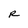
Character: R